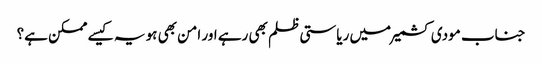
جناب مودی کشمیر میں ریاستی ظلم بھی رہے اور امن بھی ہو یہ کیسے ممکن ہے؟